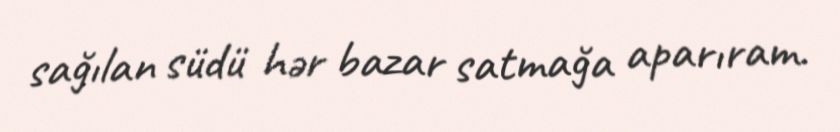
sağılan südü hər bazar satmağa aparıram.